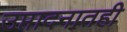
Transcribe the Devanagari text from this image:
उप्तादनातही